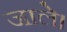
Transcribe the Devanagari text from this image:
जाले।